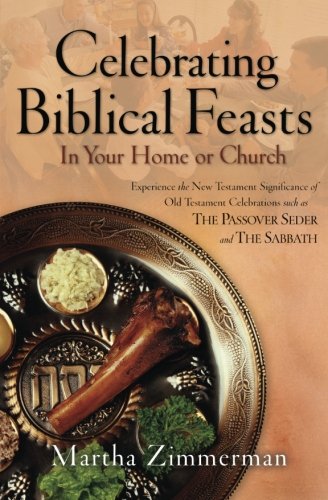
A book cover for Celebrating Biblical Feasts: In Your Home or Church; Martha Zimmerman; Religion & Spirituality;